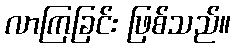
လာကြခြင်း ဖြစ်သည်။